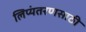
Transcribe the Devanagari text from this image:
लिप्यंतरणसाठी